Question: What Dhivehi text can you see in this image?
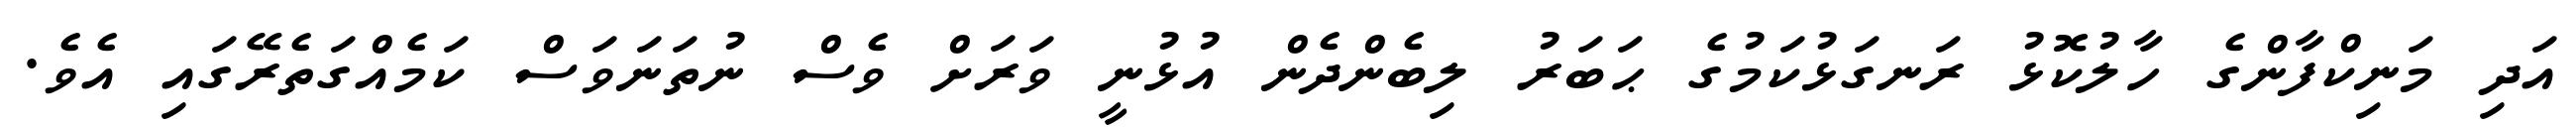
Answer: އަދި މަނިކްފާންގެ ހާލުކޮޅު ރަނގަޅުކަމުގެ ޙަބަރު ލިބެންދެން އުޅުނީ ވަރަށް ވެސް ނުތަނަވަސް ކަމެއްގަތެރޭގައި އެވެ.